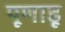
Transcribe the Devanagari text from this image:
पूणाडू